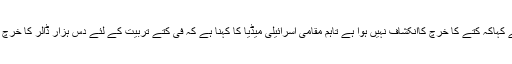
افیسر نے کہاکہ کتے کا خرچ کاانکشاف نہیں ہوا ہے تاہم مقامی اسرائیلی میڈیا کا کہنا ہے کہ فی کتے تربیت کے لئے دس ہزار ڈالر کا خرچ ہوتا ہے۔